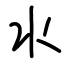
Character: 氺